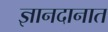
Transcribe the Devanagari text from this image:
ज्ञानदानात